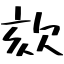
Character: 欬